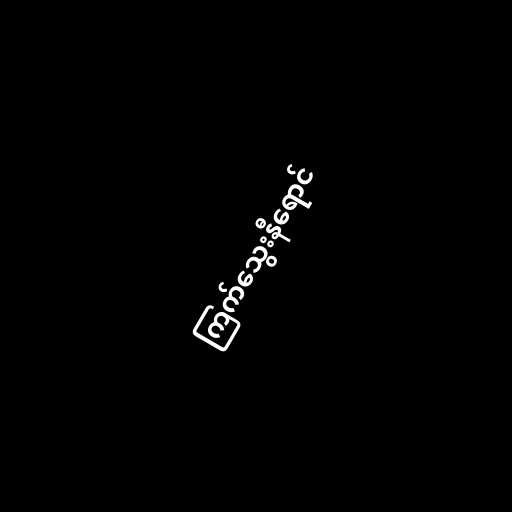
ကြက်သွေးနီရောင်